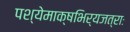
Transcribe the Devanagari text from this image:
पश्येमाक्षभिर्यजत्राः